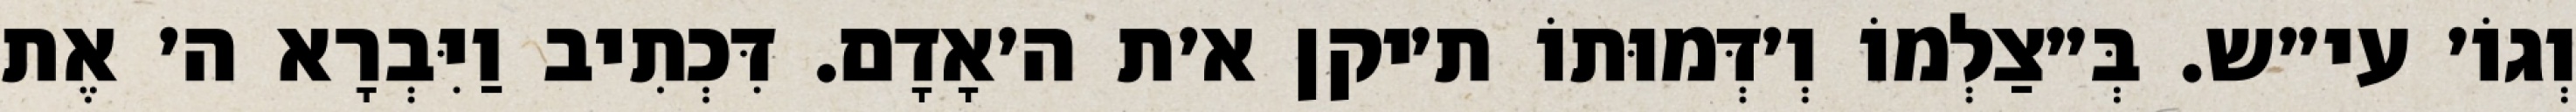
וְגוֹ׳ עי״ש. בְּ״צַלְמוֹ וְ׳דְּמוּתוֹ ת׳יקן א׳ת ה׳אָדָם. דִּכְתִיב וַיִּבְרָא ה׳ אֶת